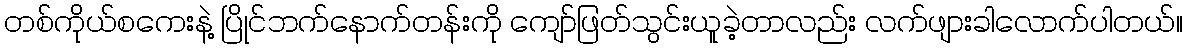
တစ်ကိုယ်စကေးနဲ့ ပြိုင်ဘက်နောက်တန်းကို ကျော်ဖြတ်သွင်းယူခဲ့တာလည်း လက်ဖျားခါလောက်ပါတယ်။